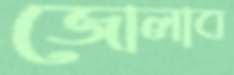
জোলাব